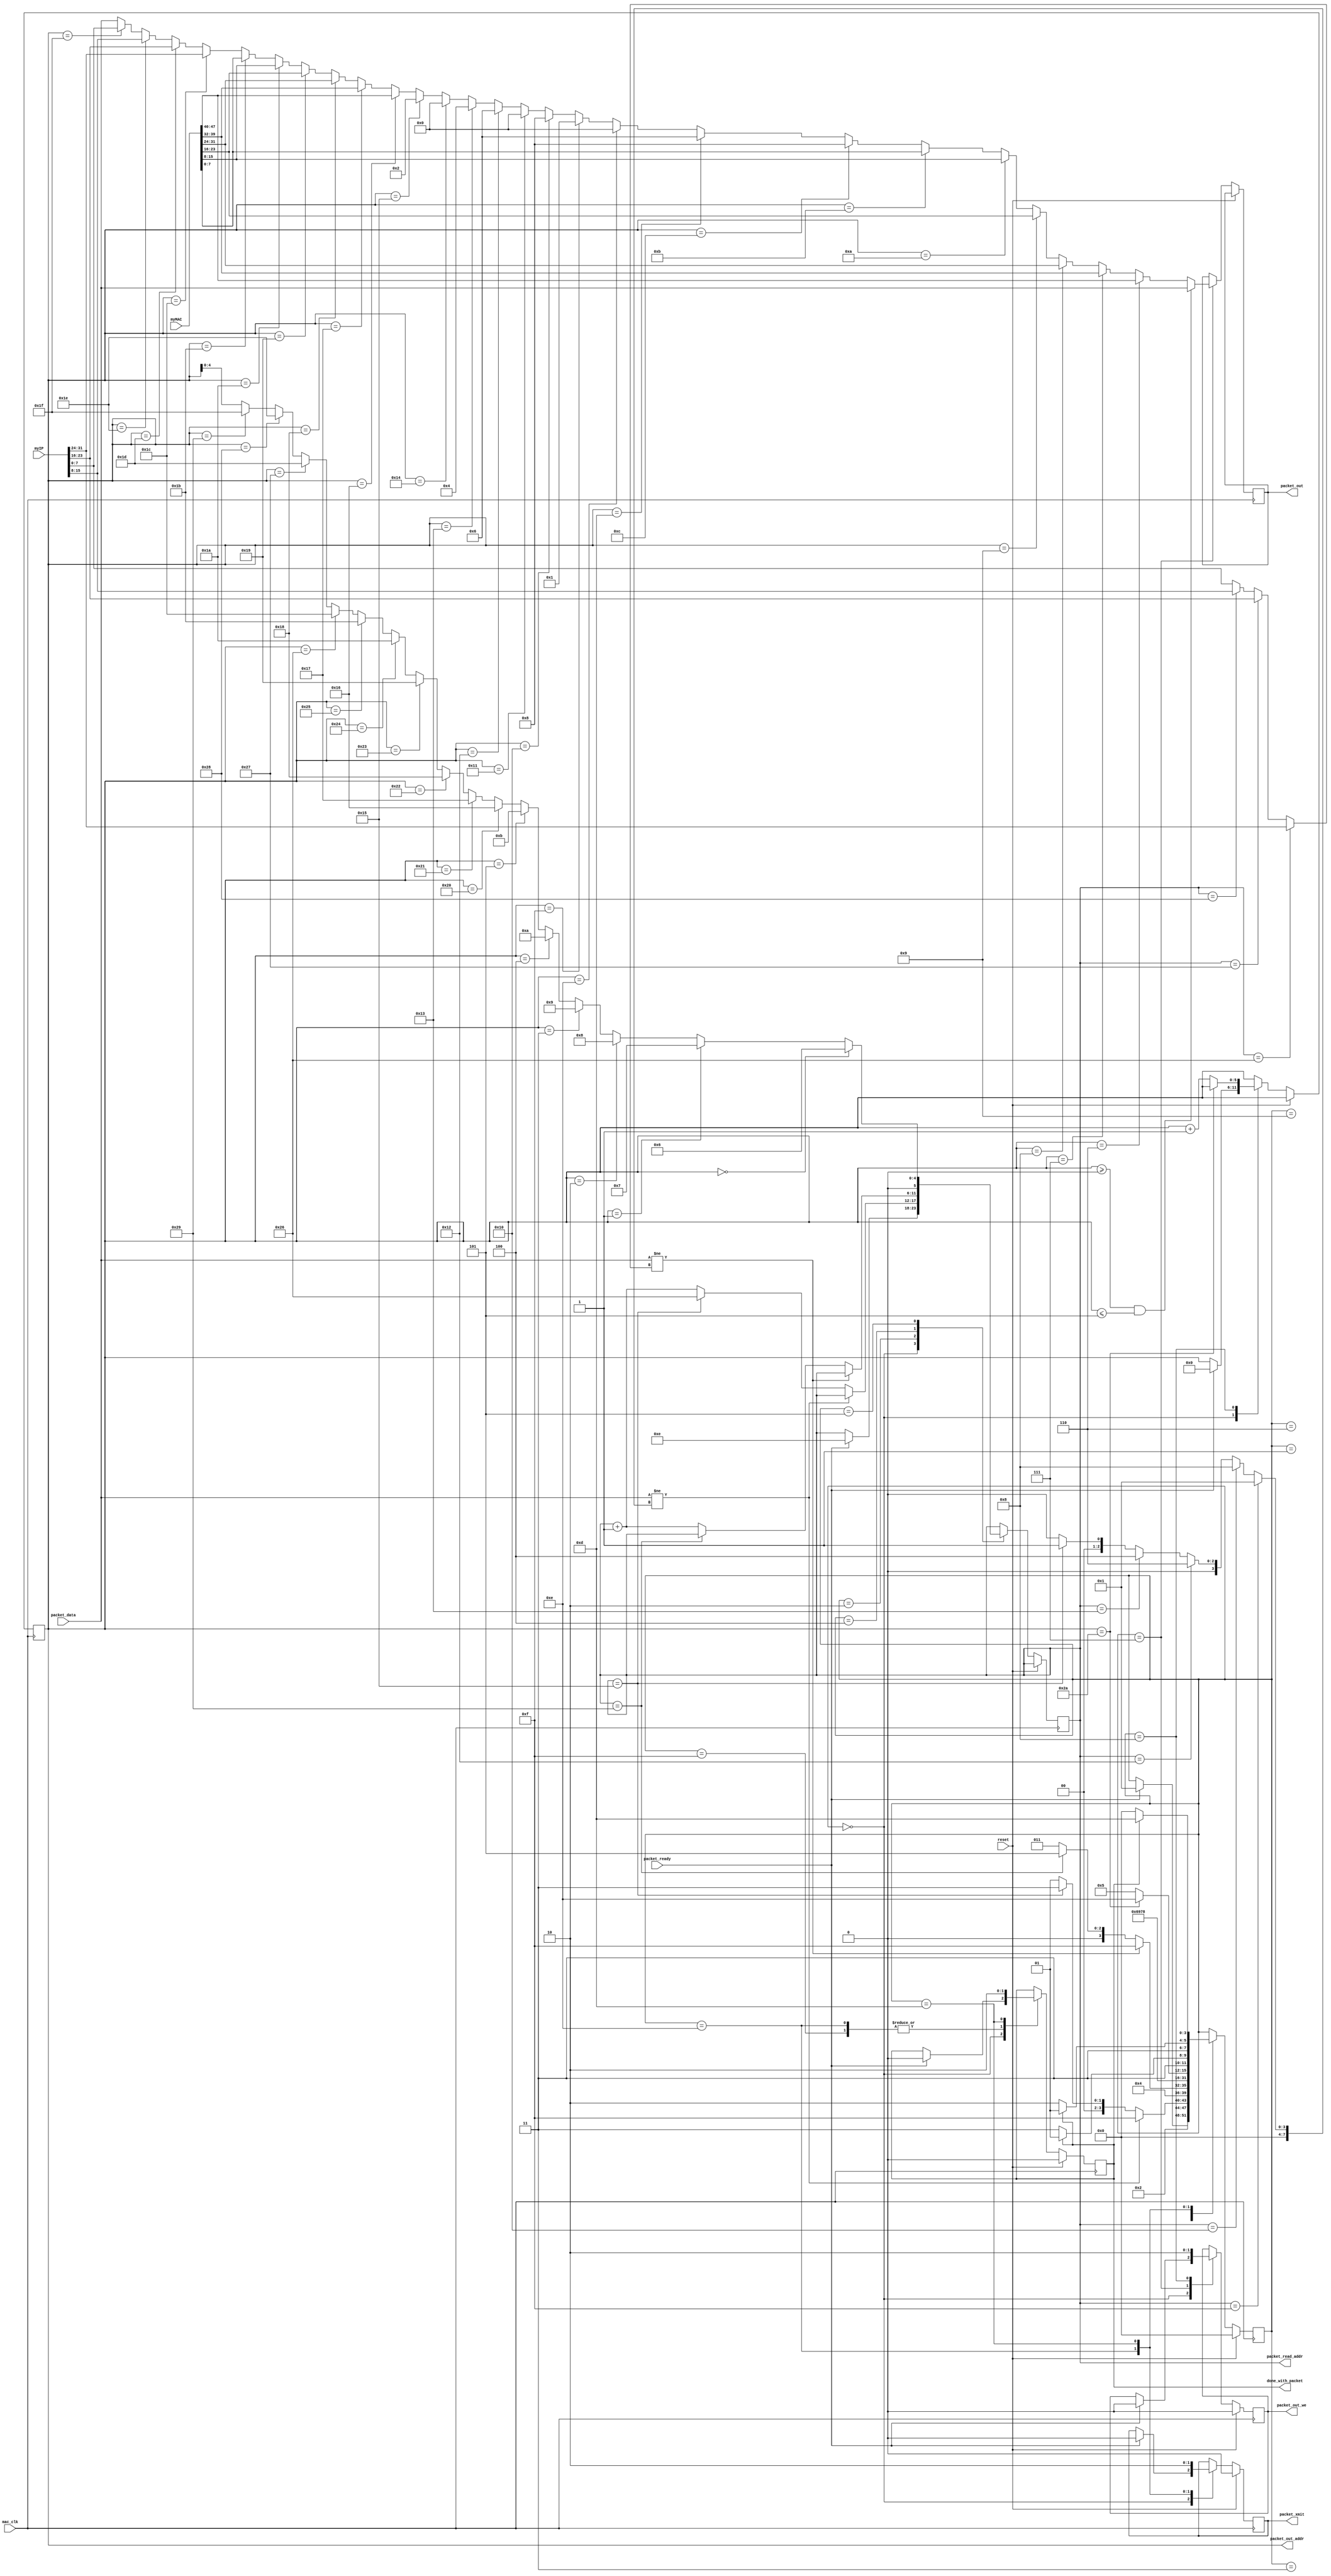
`timescale 1ns / 1ps
//////////////////////////////////////////////////////////////////////////////////
// Company: 
// Engineer: 
// 
// Design Name: 
// Module Name:    arp 
// Project Name: 
// Target Devices: 
// Tool versions: 
// Description: 
//
// Dependencies: 
//
// Revision: 
// Revision 0.01 - File Created
// Additional Comments: 
//
//////////////////////////////////////////////////////////////////////////////////
module arp(
    input mac_clk, reset,
    input packet_ready,
	 output reg done_with_packet,
    input [7:0] packet_data,
    output reg [5:0] packet_read_addr,
    input [47:0] myMAC,
    input [31:0] myIP,
    output reg [7:0] packet_out,
	 output reg [5:0] packet_out_addr,
    output reg packet_out_we, packet_xmit
    );

	reg [3:0] state;
parameter ST_IDLE                 = 4'h0;
parameter ST_CHECKCONSTWAIT       = 4'h1;
parameter ST_CHECKCONST           = 4'h2;
parameter ST_CHECKIP_WAIT         = 4'h3;
parameter ST_CHECKIP              = 4'h4;
parameter ST_RESP_READSET         = 4'h5;
parameter ST_RESP_READWAIT        = 4'h6;
parameter ST_RESP_WE              = 4'h7;
parameter ST_RESP_NEXT            = 4'h8;
parameter ST_RESP_READWAIT2       = 4'h9;
parameter ST_PREIDLE              = 4'hd;
parameter ST_DONEOK               = 4'he;
parameter ST_DONEFAIL             = 4'hf;

// to be worth responding to, HARDWARE = 0x0 0x1, PROTOCOL = 0x8 0x0,
//                            HLEN = 0x6, PLEN=0x4, OPERATION = 0x0 0x1
//                            TARGET IA = my IP 

	wire [7:0] compareConst, compareIP;
	wire [4:0] resp_read_addr;
	wire [7:0] resp_data;
	
always @(posedge mac_clk)
	if (reset) begin 
		state<=ST_IDLE;
		packet_out_we<=0;
		packet_xmit<=0;
		done_with_packet<=0;
	end else case (state)
	ST_IDLE: if (packet_ready) begin
		packet_read_addr<=6'd14; // just after the header
		packet_out_addr<=0;
		packet_out_we<=0;
		packet_xmit<=0;
		done_with_packet<=0;
      state<=ST_CHECKCONSTWAIT;
	end
	ST_CHECKCONSTWAIT : state<=ST_CHECKCONST; // one wait state
	ST_CHECKCONST :
		if (packet_data != compareConst) state<=ST_DONEFAIL;
		else if (packet_read_addr==6'd21) begin
			packet_read_addr<=6'd38;
			state<=ST_CHECKIP_WAIT;
		end else begin
			packet_read_addr<=packet_read_addr+1;
			state<=ST_CHECKCONSTWAIT;
		end
	ST_CHECKIP_WAIT : state<=ST_CHECKIP;
	ST_CHECKIP :
		if (packet_data != compareIP) state<=ST_DONEFAIL;
		else if (packet_read_addr==6'd41) state<=ST_RESP_READSET;
		else begin
			packet_read_addr<=packet_read_addr+1;
			state<=ST_CHECKIP_WAIT;
		end
	ST_RESP_READSET : begin
		packet_read_addr<=resp_read_addr;
		state<=ST_RESP_READWAIT;
	end
	ST_RESP_READWAIT : begin
		state<=ST_RESP_READWAIT2;
	end
	ST_RESP_READWAIT2 : begin
		state<=ST_RESP_WE;
	end
	ST_RESP_WE : begin
		packet_out<=resp_data;
		packet_out_we<=1;
		state<=ST_RESP_NEXT;
	end
	ST_RESP_NEXT : begin
		packet_out_we<=0;
		if (packet_out_addr==6'd42) state<=ST_DONEOK;
		else begin
			packet_out_addr<=packet_out_addr+1;
			state<=ST_RESP_READSET;
      end
	end
	ST_DONEFAIL : begin
		done_with_packet<=1;
		if (done_with_packet==0) state<=ST_DONEFAIL;
		else state<=ST_PREIDLE;
	end
	ST_DONEOK : begin
		done_with_packet<=1;
		packet_xmit<=1;
		if (done_with_packet==0) state<=ST_DONEOK;
		else state<=ST_PREIDLE;
	end
	ST_PREIDLE : begin
		done_with_packet<=0;
		packet_xmit<=0;
		if (done_with_packet==1) state<=ST_PREIDLE;
		else state<=ST_IDLE;
	end
	
	endcase


assign compareConst= (packet_read_addr==6'd15)?(8'h1):
							(packet_read_addr==6'd16)?(8'h8):
							(packet_read_addr==6'd18)?(8'h6):
							(packet_read_addr==6'd19)?(8'h4):
							(packet_read_addr==6'd21)?(8'h1):
							8'h0;

assign compareIP=	(packet_read_addr==6'd38)?(myIP[31:24]):
						(packet_read_addr==6'd39)?(myIP[23:16]):
						(packet_read_addr==6'd40)?(myIP[15:8]):
						myIP[7:0];

assign resp_read_addr = (packet_out_addr==6'd00)?(6'd06):
								(packet_out_addr==6'd01)?(6'd07):
								(packet_out_addr==6'd02)?(6'd08):
								(packet_out_addr==6'd03)?(6'd09):
								(packet_out_addr==6'd04)?(6'd10):
								(packet_out_addr==6'd05)?(6'd11):
								(packet_out_addr==6'd32)?(6'd22):
								(packet_out_addr==6'd33)?(6'd23):
								(packet_out_addr==6'd34)?(6'd24):
								(packet_out_addr==6'd35)?(6'd25):
								(packet_out_addr==6'd36)?(6'd26):
								(packet_out_addr==6'd37)?(6'd27):
								(packet_out_addr==6'd38)?(6'd28):
								(packet_out_addr==6'd39)?(6'd29):
								(packet_out_addr==6'd40)?(6'd30):
								(packet_out_addr==6'd41)?(6'd31):
								packet_out_addr;
	
assign resp_data=	(packet_out_addr>=6'd00 && packet_out_addr<=6'd05)?packet_data:
							(packet_out_addr==6'd06)?myMAC[47:40]:
							(packet_out_addr==6'd07)?myMAC[39:32]:
							(packet_out_addr==6'd08)?myMAC[31:24]:
							(packet_out_addr==6'd09)?myMAC[23:16]:
							(packet_out_addr==6'd10)?myMAC[15:8]:
							(packet_out_addr==6'd11)?myMAC[7:0]:
							(packet_out_addr==6'd12)?8'h08:
							(packet_out_addr==6'd13)?8'h06:
							(packet_out_addr==6'd14)?8'h00:
							(packet_out_addr==6'd15)?8'h01:
							(packet_out_addr==6'd16)?8'h08:
							(packet_out_addr==6'd17)?8'h00:
							(packet_out_addr==6'd18)?8'h06:
							(packet_out_addr==6'd19)?8'h04:
							(packet_out_addr==6'd20)?8'h00:
							(packet_out_addr==6'd21)?8'h02:
							(packet_out_addr==6'd22)?myMAC[47:40]:
							(packet_out_addr==6'd23)?myMAC[39:32]:
							(packet_out_addr==6'd24)?myMAC[31:24]:
							(packet_out_addr==6'd25)?myMAC[23:16]:
							(packet_out_addr==6'd26)?myMAC[15:8]:
							(packet_out_addr==6'd27)?myMAC[7:0]:
							(packet_out_addr==6'd28)?myIP[31:24]:
							(packet_out_addr==6'd29)?myIP[23:16]:
							(packet_out_addr==6'd30)?myIP[15:8]:
							(packet_out_addr==6'd31)?myIP[7:0]:
							packet_data;

endmodule